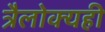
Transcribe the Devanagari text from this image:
त्रैलोक्यही